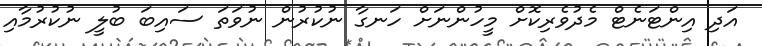
އަދި އިންޓަނެޓް މެދުވެރިކޮށް މީހުންނަށް ހަނގާ ނުކުރުން ނުވަތަ ސައިބަ ބުލީ ނުކުރުމާއި